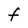
Character: F